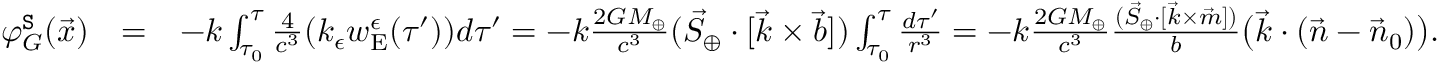
\begin{array} { r l r } { \varphi _ { G } ^ { \tt S } ( \vec { x } ) } & { = } & { - k \int _ { \tau _ { 0 } } ^ { \tau } \frac { 4 } { c ^ { 3 } } ( k _ { \epsilon } w _ { \mathrm { E } } ^ { \epsilon } ( \tau ^ { \prime } ) ) d \tau ^ { \prime } = - k \frac { 2 G M _ { \oplus } } { c ^ { 3 } } ( { \vec { S } } _ { \oplus } \cdot [ { \vec { k } } \times \vec { b } ] ) \int _ { \tau _ { 0 } } ^ { \tau } \frac { d \tau ^ { \prime } } { r ^ { 3 } } = - k \frac { 2 G M _ { \oplus } } { c ^ { 3 } } \frac { ( { \vec { S } } _ { \oplus } \cdot [ { \vec { k } } \times \vec { m } ] ) } { b } \big ( \vec { k } \cdot ( \vec { n } - \vec { n } _ { 0 } ) \big ) . ~ ~ ~ ~ ~ ~ } \end{array}